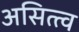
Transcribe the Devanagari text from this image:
असित्त्व